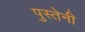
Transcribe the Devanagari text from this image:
पुस्तेनी